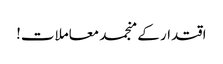
اقتدار کے منجمد معاملات!